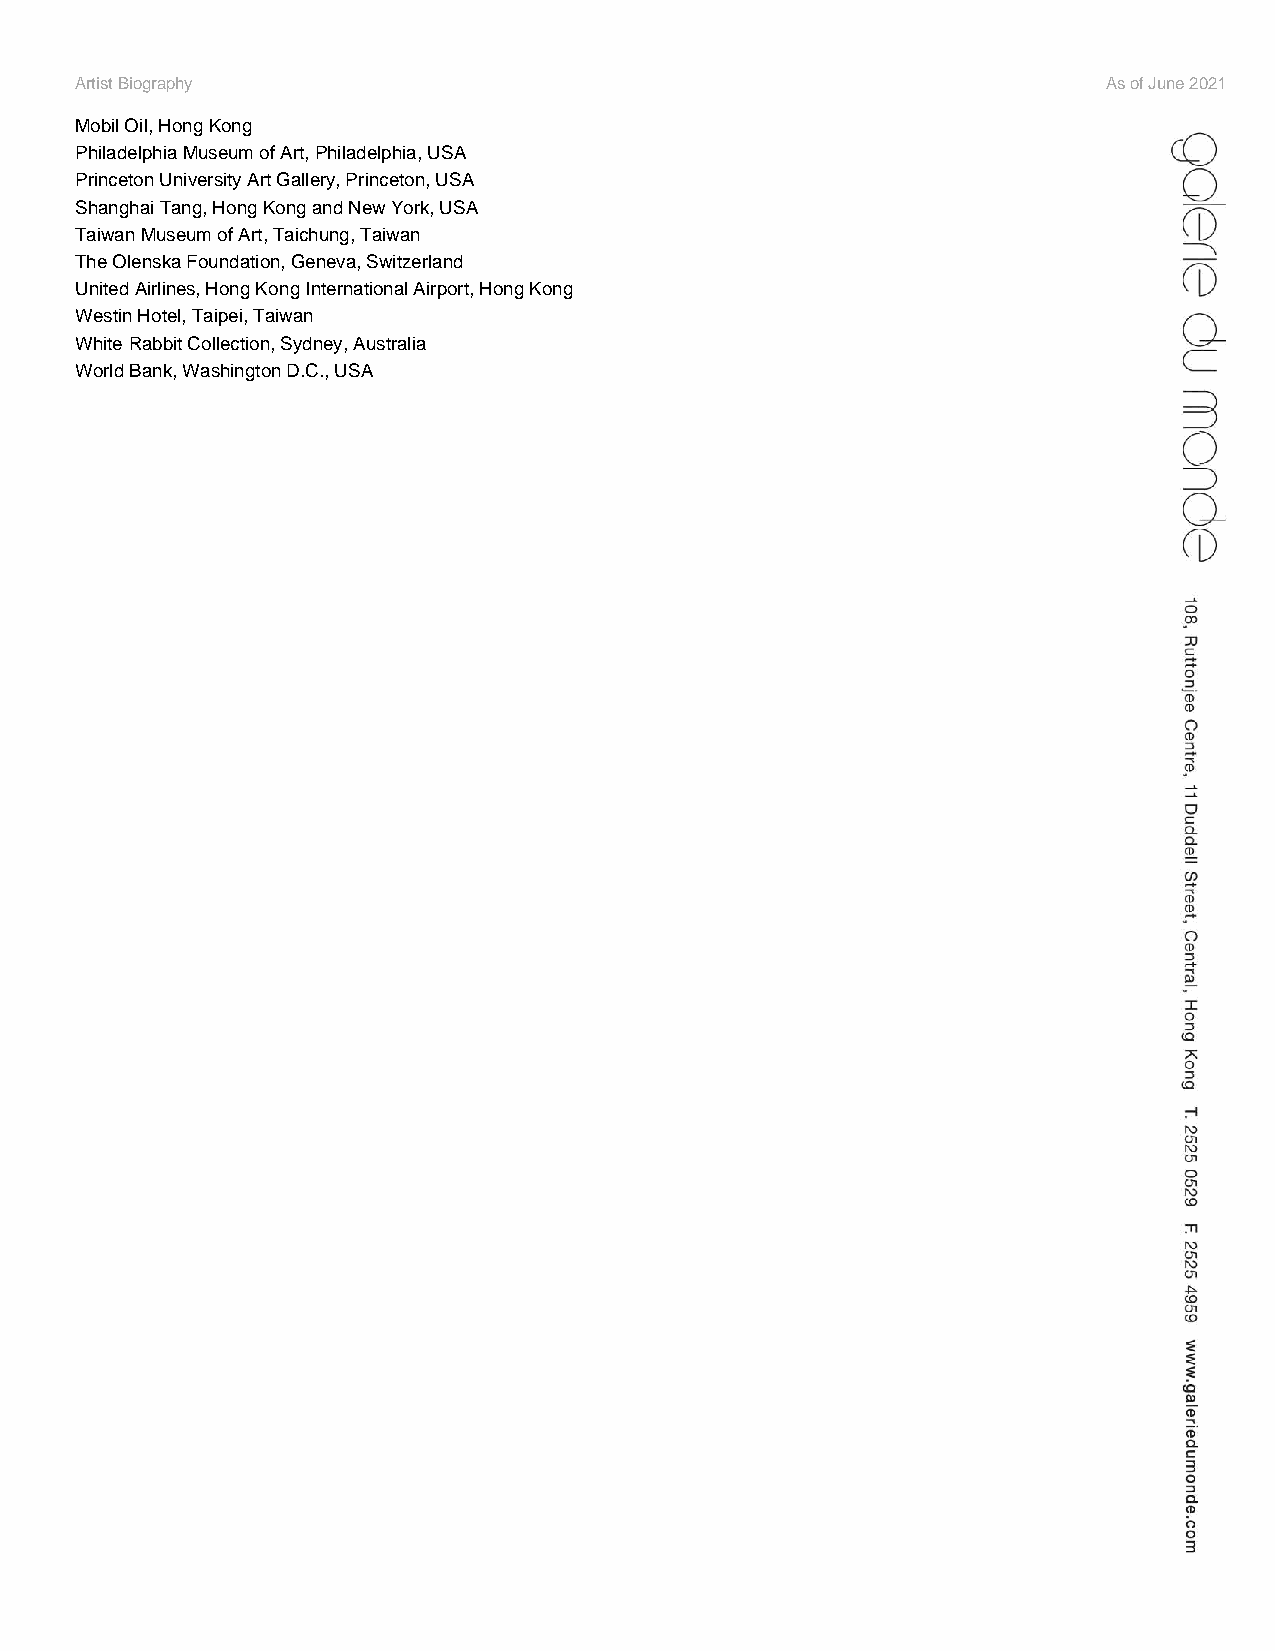
Artist Biography                                                    As of June 2021
 Mobil Oil, Hong Kong
 Philadelphia Museum of Art, Philadelphia, USA
 Princeton University Art Gallery, Princeton, USA
 Shanghai Tang, Hong Kong and New York, USA
 Taiwan Museum of Art, Taichung, Taiwan
 The Olenska Foundation, Geneva, Switzerland
 United Airlines, Hong Kong International Airport, Hong Kong
 Westin Hotel, Taipei, Taiwan
 White Rabbit Collection, Sydney, Australia
 World Bank, Washington D.C., USA